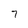
Character: 7